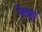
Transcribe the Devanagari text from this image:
सिखाएं